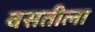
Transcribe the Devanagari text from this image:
वसतीला